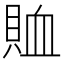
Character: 賉